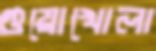
গুয়োখোলা